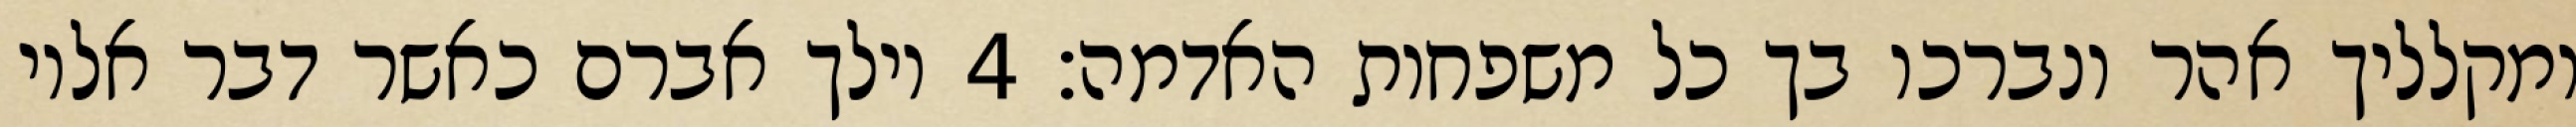
ומקלליך אהר ונברכו בך כל משפחות האדמה׃ ‎4‏ וילך אברם כאשר דבר אליו